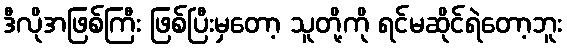
ဒီလိုအဖြစ်ကြီး ဖြစ်ပြီးမှတော့ သူတို့ကို ရင်မဆိုင်ရဲတော့ဘူး